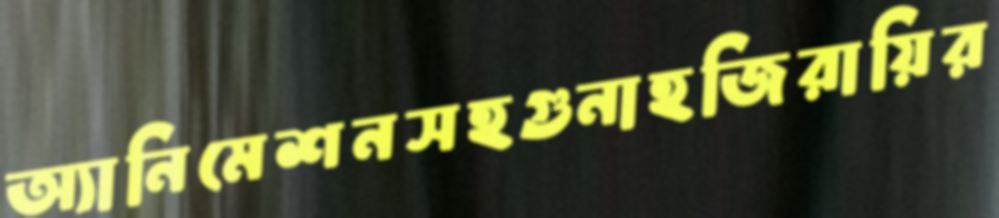
অ্যানিমেশনসহগুনাহজিরায়ির